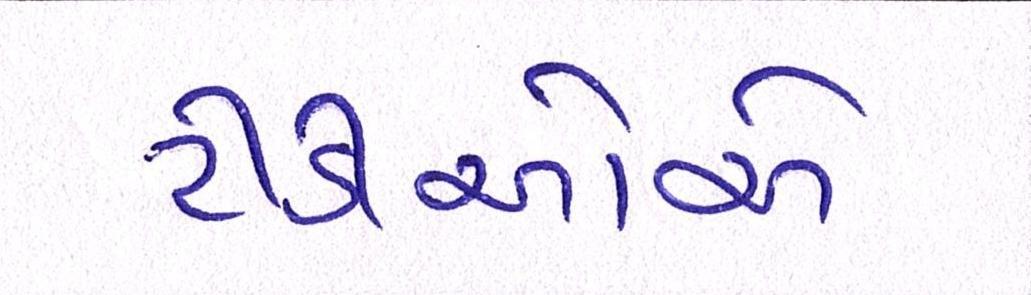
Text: ટીડીઓએ